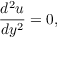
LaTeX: { \frac { d ^ { 2 } u } { d y ^ { 2 } } } = 0 ,